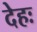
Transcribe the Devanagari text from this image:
देहः